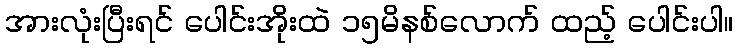
အားလုံးပြီးရင် ပေါင်းအိုးထဲ ၁၅မိနစ်လောက် ထည့် ပေါင်းပါ။